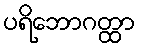
ပရိဘောဂတ္ထာ